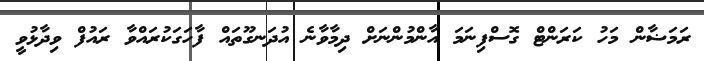
ރަމަޟާން މަހު ކަރަންޓް ގޮސްފިނަމަ އާންމުންނަށް ދިމާވާނެ އުދަނގޫތައް ފާހަގަކުރައްވާ ރައުފް ވިދާޅުވީ